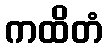
ကထိတံ